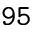
\mathtt { 9 5 }